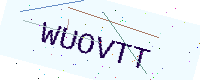
Text: WUOVTT